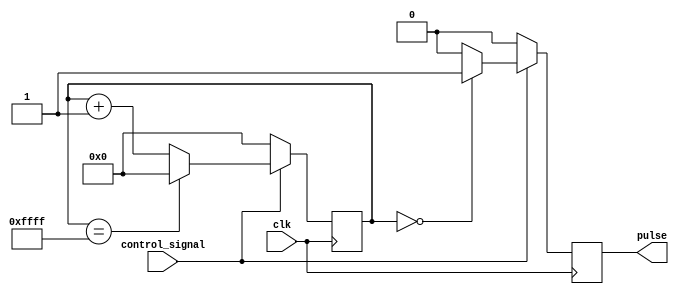
module duty_cycle_pulse_generator (
    input wire control_signal,
    input wire clk,
    output reg pulse
);

reg [15:0] counter;
reg [15:0] pulse_width;
parameter total_period = 16'b1111111111111111; // Total period of the pulse

always @(posedge clk) begin
    if (control_signal) begin
        if (counter == 0) begin
            pulse <= 1;
            pulse_width <= pulse_width + 1;
            if (pulse_width == total_period) begin
                pulse_width <= 0;
            end
        end else begin
            pulse <= 0;
        end
        
        counter <= counter + 1;
        if (counter == total_period) begin
            counter <= 0;
        end
    end else begin
        pulse <= 0;
        counter <= 0;
        pulse_width <= 0;
    end
end

endmodule